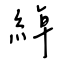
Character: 綽